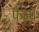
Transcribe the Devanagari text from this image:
फेज़।